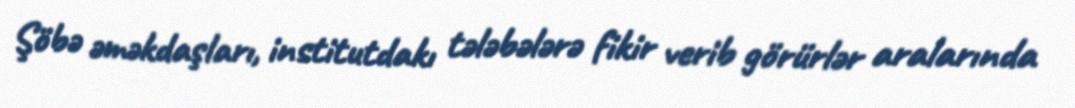
Şöbə əməkdaşları, institutdakı tələbələrə fikir verib görürlər aralarında